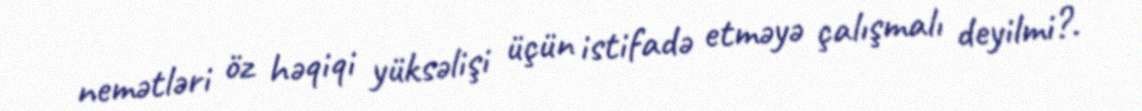
nemətləri öz həqiqi yüksəlişi üçün istifadə etməyə çalışmalı deyilmi?.